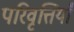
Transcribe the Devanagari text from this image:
परिवृत्तियाँ